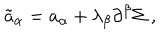
{ \tilde { a } } _ { \alpha } = a _ { \alpha } + \lambda _ { \beta } \partial ^ { \beta } \Sigma \; ,